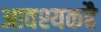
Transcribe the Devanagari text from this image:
आवश्यकहै